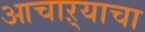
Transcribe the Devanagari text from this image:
आचाऱ्याचा